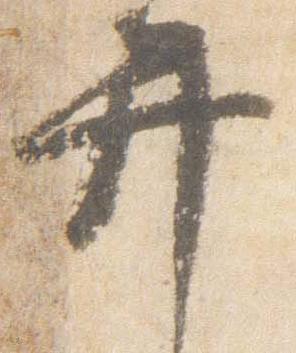
弁